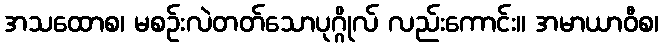
အသထောစ၊ မစဉ်းလဲတတ်သောပုဂ္ဂိုလ် လည်းကောင်း။ အမာယာဝီစ၊